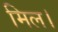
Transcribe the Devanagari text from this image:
मिल।